Annual administration report of the Civil Veterinary Department of India - 1895-1896
Year: 1895
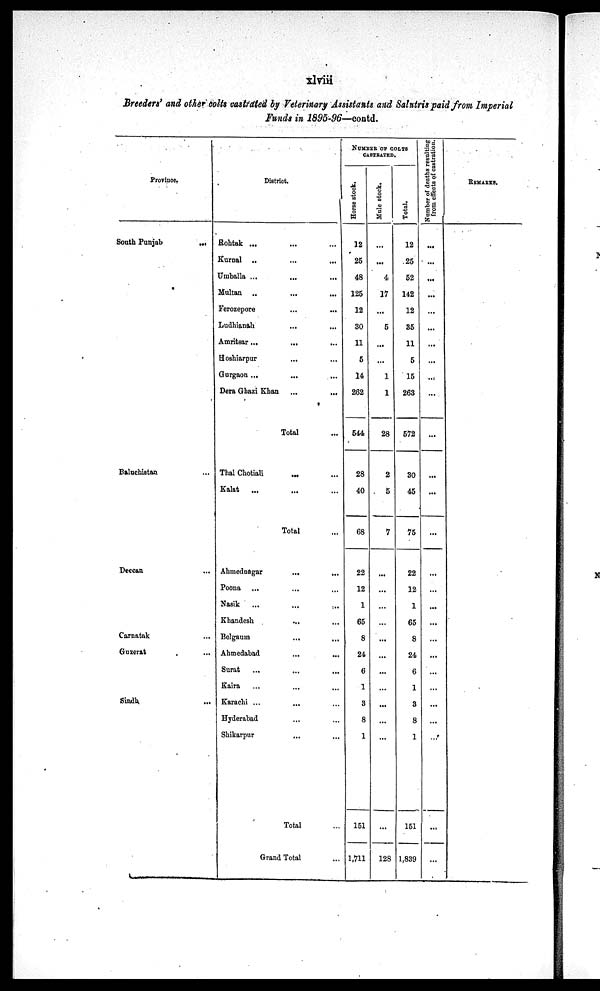
xlviii
Breeders' and other colts castrated by Veterinary Assistants and Salutris paid from Imperial
Funds in 1895-96—contd.
Province.
South Punjab
...
Baluchistan ...
Deccan ...
Carnatak
...
Guzerat
...
Sindh
...
District.
Rohtak ... ... ...
Kurnal ... ... ...
Umballa ... ... ...
Multan ... ... ...
Ferozepore ... ...
Ludhianah ... ...
Amritsar... ...
Hoshiarpur ... ... ...
Gurgaon ... ... ...
Dera Ghazi Khan ... ...
Total ...
Thal Chotiali ... ...
Kalat
... ... ...
Total ... ...
Ahmednagar ... ...
Poona ... ... ...
Nasik ... ... ...
Khandesh ... ... ...
Bolgaum ... ... ...
Ahmedabad ... ...
Surat ... ... ...
Kaira ... ... ...
Karachi ... ... ...
Hyderabad ... ...
Shikarpur ... ...
Total ...
Grand Total ...
NUMBER OF COLTS
Horse stock.
12
25
48
125
12
30
11
5
14
262
544
28
40
68
22
12
1
65
8
24
6
1
3
8
1
151
1,711
Mule stock.
...
...
4
17
...
5
...
...
1
1
28
2
5
7
...
...
...
...
...
...
...
...
...
...
...
128
Total.
12
25
52
142
12
35
11
5
15
263
572
30
45
75
22
12
1
65
8
24
6
1
3
8
1
151
1,839
Number of deaths resulting
from effects of castration.
...
...
...
...
...
...
...
...
...
...
...
...
...
...
...
...
...
...
...
...
...
...
...
...
REMARKS.